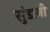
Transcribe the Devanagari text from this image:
सुंडानी